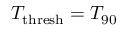
T _ { \mathrm { t h r e s h } } = \ensuremath { T _ { \mathrm { 9 0 } } }